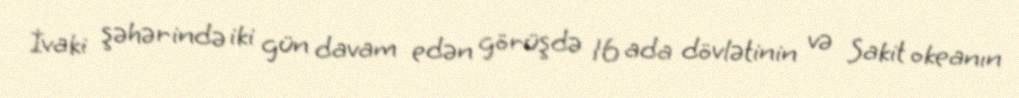
İvaki şəhərində iki gün davam edən görüşdə 16 ada dövlətinin və Sakit okeanın